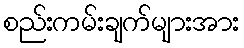
စည်းကမ်းချက်များအား